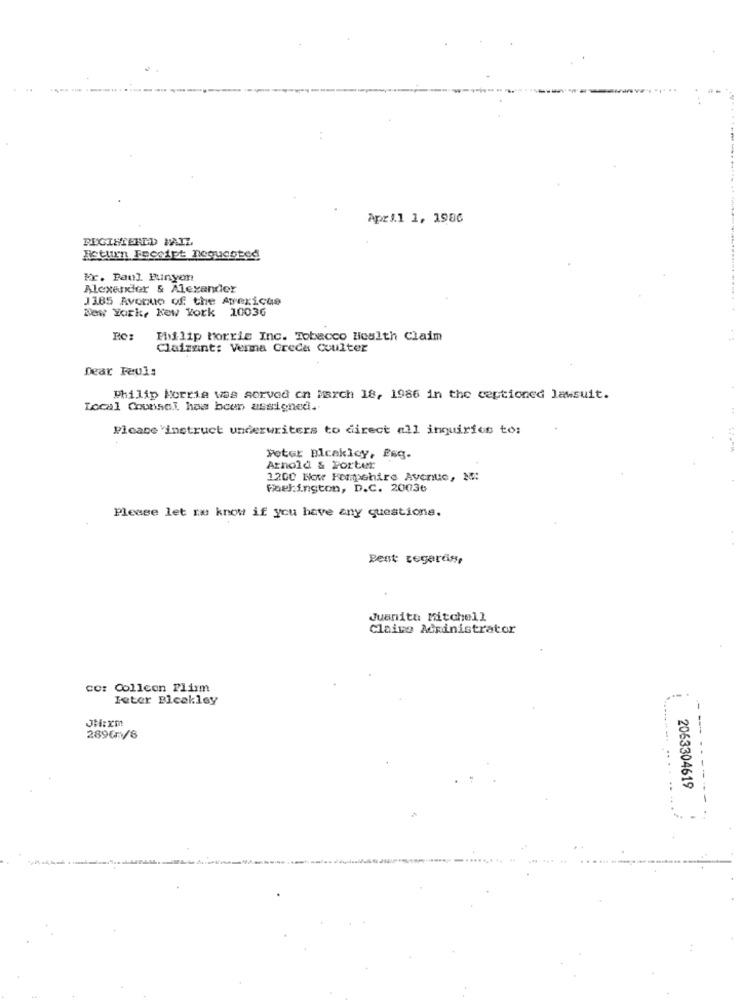
Apri.1 1, 1986
REGISTERED MAIL
Return Fecsipt nequented
kr. Paul Finyon
Alexander & Alexander
J385 Avenue of the Avericue
New York, Kew York 10036
Philip Morris Inc. Tobacco Health Claim
Claizant: Verma Creda Coulter
Dear Feuls
Philip Morris was served on March 18, 1986 in the ceptioned lawsuit.
Local Counsel has been assigned.
Plcase 'instruct underwriters to direct all inquiries to:
Peter Blcakicy, Esg.
Arnold & Porter
1200 Now Hampshire Avenue, No:
Fel:ington, D.C. 20036
Please let me know if you have any questions.
Best regards,
Juanita Mitchell
Claire Administrator
CC: Collcon Flimm
Ieter Bleakley
JH:xm
289€/8
-- -- --.
2063304619